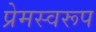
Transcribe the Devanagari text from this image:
प्रेमस्वरूप